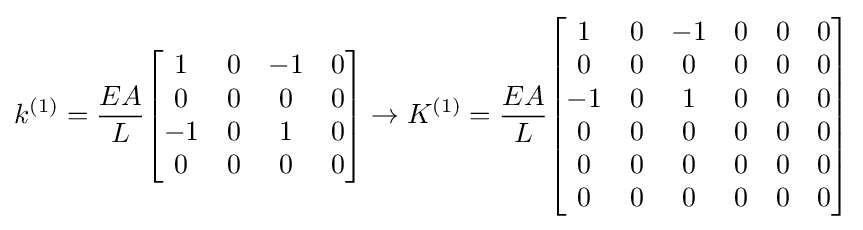
k^{(1)}={\frac {EA}{L}}{\begin{bmatrix}1&0&-1&0\\0&0&0&0\\-1&0&1&0\\0&0&0&0\\\end{bmatrix}}\rightarrow K^{(1)}={\frac {EA}{L}}{\begin{bmatrix}1&0&-1&0&0&0\\0&0&0&0&0&0\\-1&0&1&0&0&0\\0&0&0&0&0&0\\0&0&0&0&0&0\\0&0&0&0&0&0\\\end{bmatrix}}